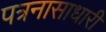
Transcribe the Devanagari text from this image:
पत्रनासाधारी